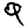
Digit: 9